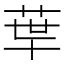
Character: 𦰗